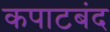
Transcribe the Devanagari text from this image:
कपाटबंद